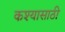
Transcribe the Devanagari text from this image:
कश्यासाठी